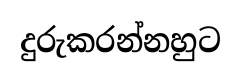
දුරුකරන්නහුට